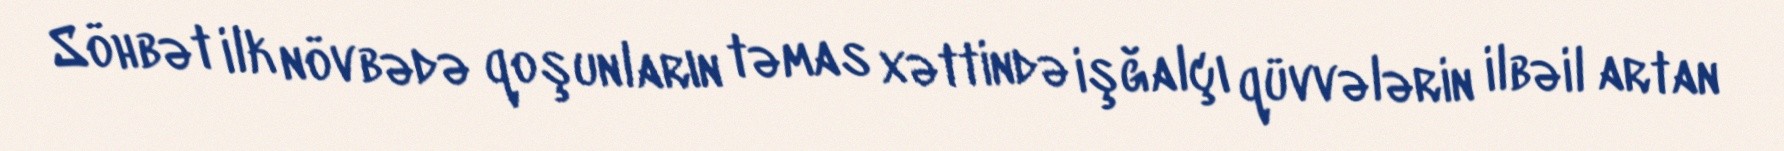
Söhbət ilk növbədə qoşunların təmas xəttində işğalçı qüvvələrin ilbəil artan